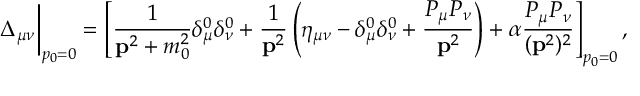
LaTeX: \Delta _ { \mu \nu } \bigg | _ { p _ { 0 } = 0 } = \left[ \frac 1 { { \bf p } ^ { 2 } + m _ { 0 } ^ { 2 } } \delta _ { \mu } ^ { 0 } \delta _ { \nu } ^ { 0 } + \frac 1 { { \bf p } ^ { 2 } } \left( \eta _ { \mu \nu } - \delta _ { \mu } ^ { 0 } \delta _ { \nu } ^ { 0 } + \frac { P _ { \mu } P _ { \nu } } { { \bf p } ^ { 2 } } \right) + \alpha \frac { P _ { \mu } P _ { \nu } } { ( { \bf p } ^ { 2 } ) ^ { 2 } } \right] _ { p _ { 0 } = 0 } ,